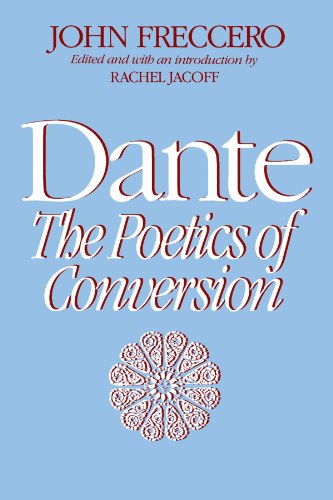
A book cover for Dante: The Poetics of Conversion; John Freccero; Politics & Social Sciences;